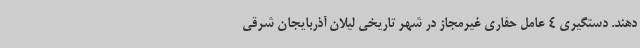
دهند. دستگیری 4 عامل حفاری غیرمجاز در شهر تاریخی لیلان آذربایجان شرقی